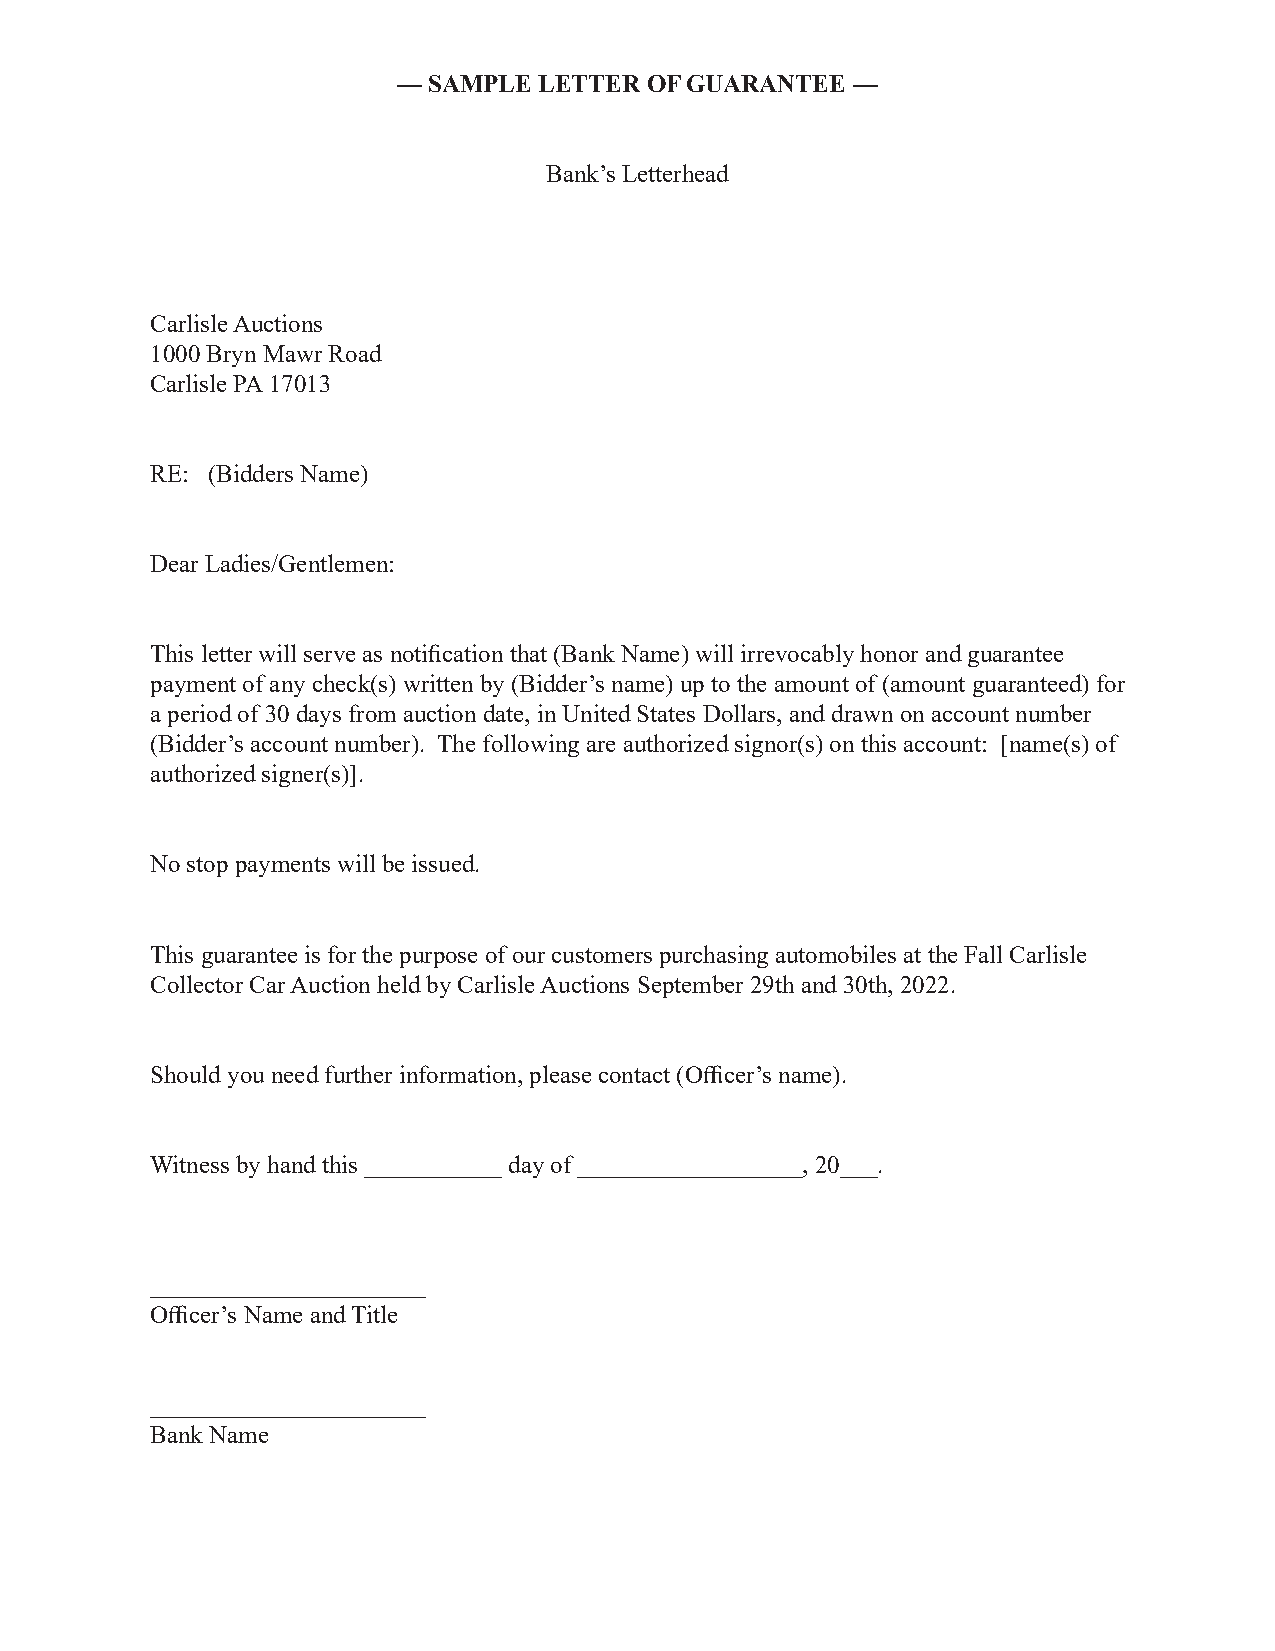
— SAMPLE  LETTER OF GUARANTEE —
 Bank’s Letterhead
 Carlisle Auctions
 1000 Bryn Mawr Road
 Carlisle PA 17013
 RE: (Bidders Name)
 Dear Ladies/Gentlemen:
 This letter will serve as notification that (Bank Name) will irrevocably honor and guarantee
 payment of any check(s) written by (Bidder’s name) up to the amount of (amount guaranteed) for
 a period of 30 days from auction date, in United States Dollars, and drawn on account number
 (Bidder’s account number). The following are authorized signor(s) on this account: [name(s) of
 authorized signer(s)].
 No stop payments will be issued.
 This guarantee is for the purpose of our customers purchasing automobiles at the Fall Carlisle
 Collector Car Auction held by Carlisle Auctions September 29th and 30th, 2022.
 Should you need further information, please contact (Officer’s name).
 Witness by hand this ___________ day of __________________, 20___.
 ______________________
 Officer’s Name and Title
 ______________________
 Bank Name